Civil Veterinary Dept. Assam report 1911-1927 - 1911-1927
Year: 1911
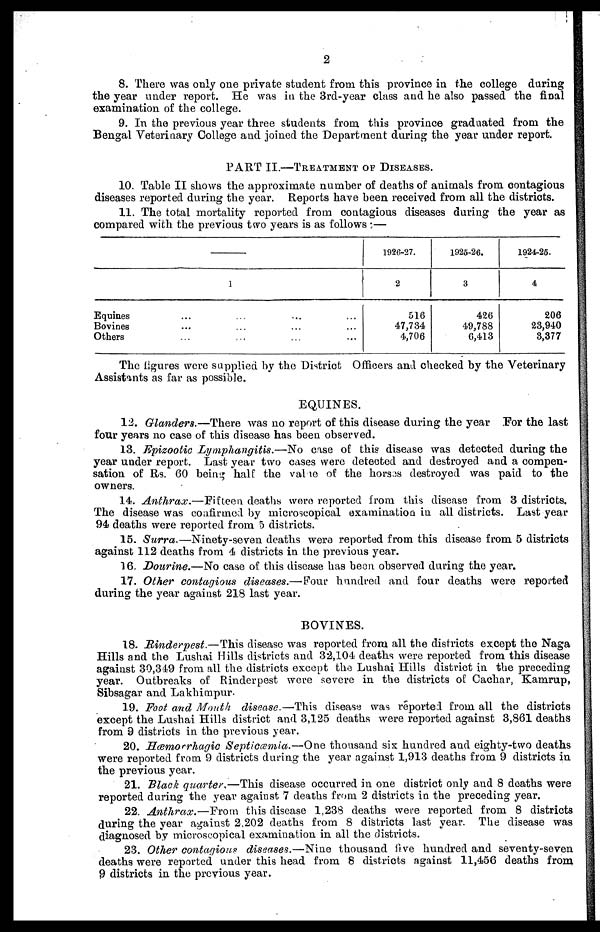
2
8. There was only one private student from this province in the college during
the year under report. He was in the 3rd-year class and he also passed the final
examination of the college.
9. In the previous year three students from this province graduated from the
Bengal Veterinary College and joined the Department during the year under report.
PART II.—TREATMENT OF DISEASES.
10. Table II shows the approximate number of deaths of animals from contagious
diseases reported during the year. Reports have been received from all the districts.
11. The total mortality reported from contagious diseases during the year as
compared with the previous two years is as follows:—
1
Equines ... ... ... ...
Bovines ... ... ... ...
Others ... ... ... ...
1926-27.
2
516
47,734
4,706
1925-26.
3
426
49,788
6,413
1924-25.
4
206
23,940
3,377
The figures were supplied by the District Officers and checked by the Veterinary
Assistants as far as possible.
EQUINES.
12. Glanders.—There was no report of this disease during the year For the last
four years no case of this disease has been observed.
13. Epizootic Lymphangitis.—No case of this disease was detected during the
year under report. Last year two cases were detected and destroyed and a compen-
sation of Rs. 60 being half the value of the horses destroyed was paid to the
owners.
14. Anthrax.—Fifteen deaths were reported from this disease from 3 districts.
The disease was confirmed by microscopical examination in all districts. Last year
94 deaths were reported from 5 districts.
15. Surra.—Ninety-seven deaths were reported from this disease from 5 districts
against 112 deaths from 4 districts in the previous year.
16. Dourine.—No case of this disease has been observed during the year.
17. Other contagious diseases.—Four hundred and four deaths were reported
during the year against 218 last year.
BOVINES.
18. Rinderpest.—This disease was reported from all the districts except the Naga
Hills and the Lushai Hills districts and 32,104 deaths were reported from this disease
against 30,349 from all the districts except the Lushai Hills district in the preceding
year. Outbreaks of Rinderpest were severe in the districts of Cachar, Kamrup,
Sibsagar and Lakhimpur.
19. Foot a?td Mouth disease.—This disease was reported from all the districts
except the Lushai Hills district and 3,125 deaths were reported against 3,861 deaths
from 9 districts in the previous year.
20. Hæmorrhagic Septicæmia.—One thousand six hundred and eighty-two deaths
were reported from 9 districts during the year against 1,913 deaths from 9 districts in
the previous year.
21. Black quarter.—This disease occurred in one district only and 8 deaths were
reported during the year against 7 deaths from 2 districts in the preceding year.
22. Anthrax.—From this disease 1,238 deaths were reported from 8 districts
during the year against 2,202 deaths from 8 districts last year. The disease was
diagnosed by microscopical examination in all the districts.
23. Other contagious diseases.—Nine thousand five hundred and seventy-seven
deaths were reported under this head from 8 districts against 11,456 deaths from
9 districts in the previous year.